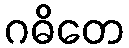
ဂဓိတေ